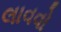
લાવવો